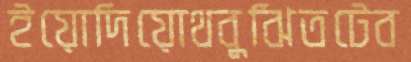
ইয়োদিয়োথবুঝিতটেব